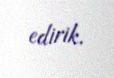
edirik.